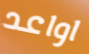
اواعد